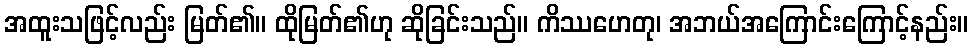
အထူးသဖြင့်လည်း မြတ်၏။ ထိုမြတ်၏ဟု ဆိုခြင်းသည်။ ကိဿဟေတု၊ အဘယ်အကြောင်းကြောင့်နည်း။